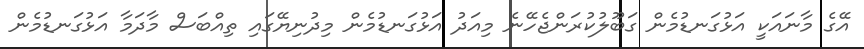
އޭގެ މާނައަކީ އަޅުގަނޑުމެން ގަބޫލުކުރަންޖެހޭނެ މިއަދު އަޅުގަނޑުމެން މިދުނިޔޭގައި ތިއްބަސް މާދަމާ އަޅުގަނޑުމެން